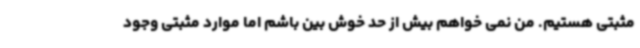
مثبتی هستیم. من نمی خواهم بیش از حد خوش بین باشم اما موارد مثبتی وجود